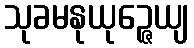
သုခမနုယုဉ္ဇေယျ